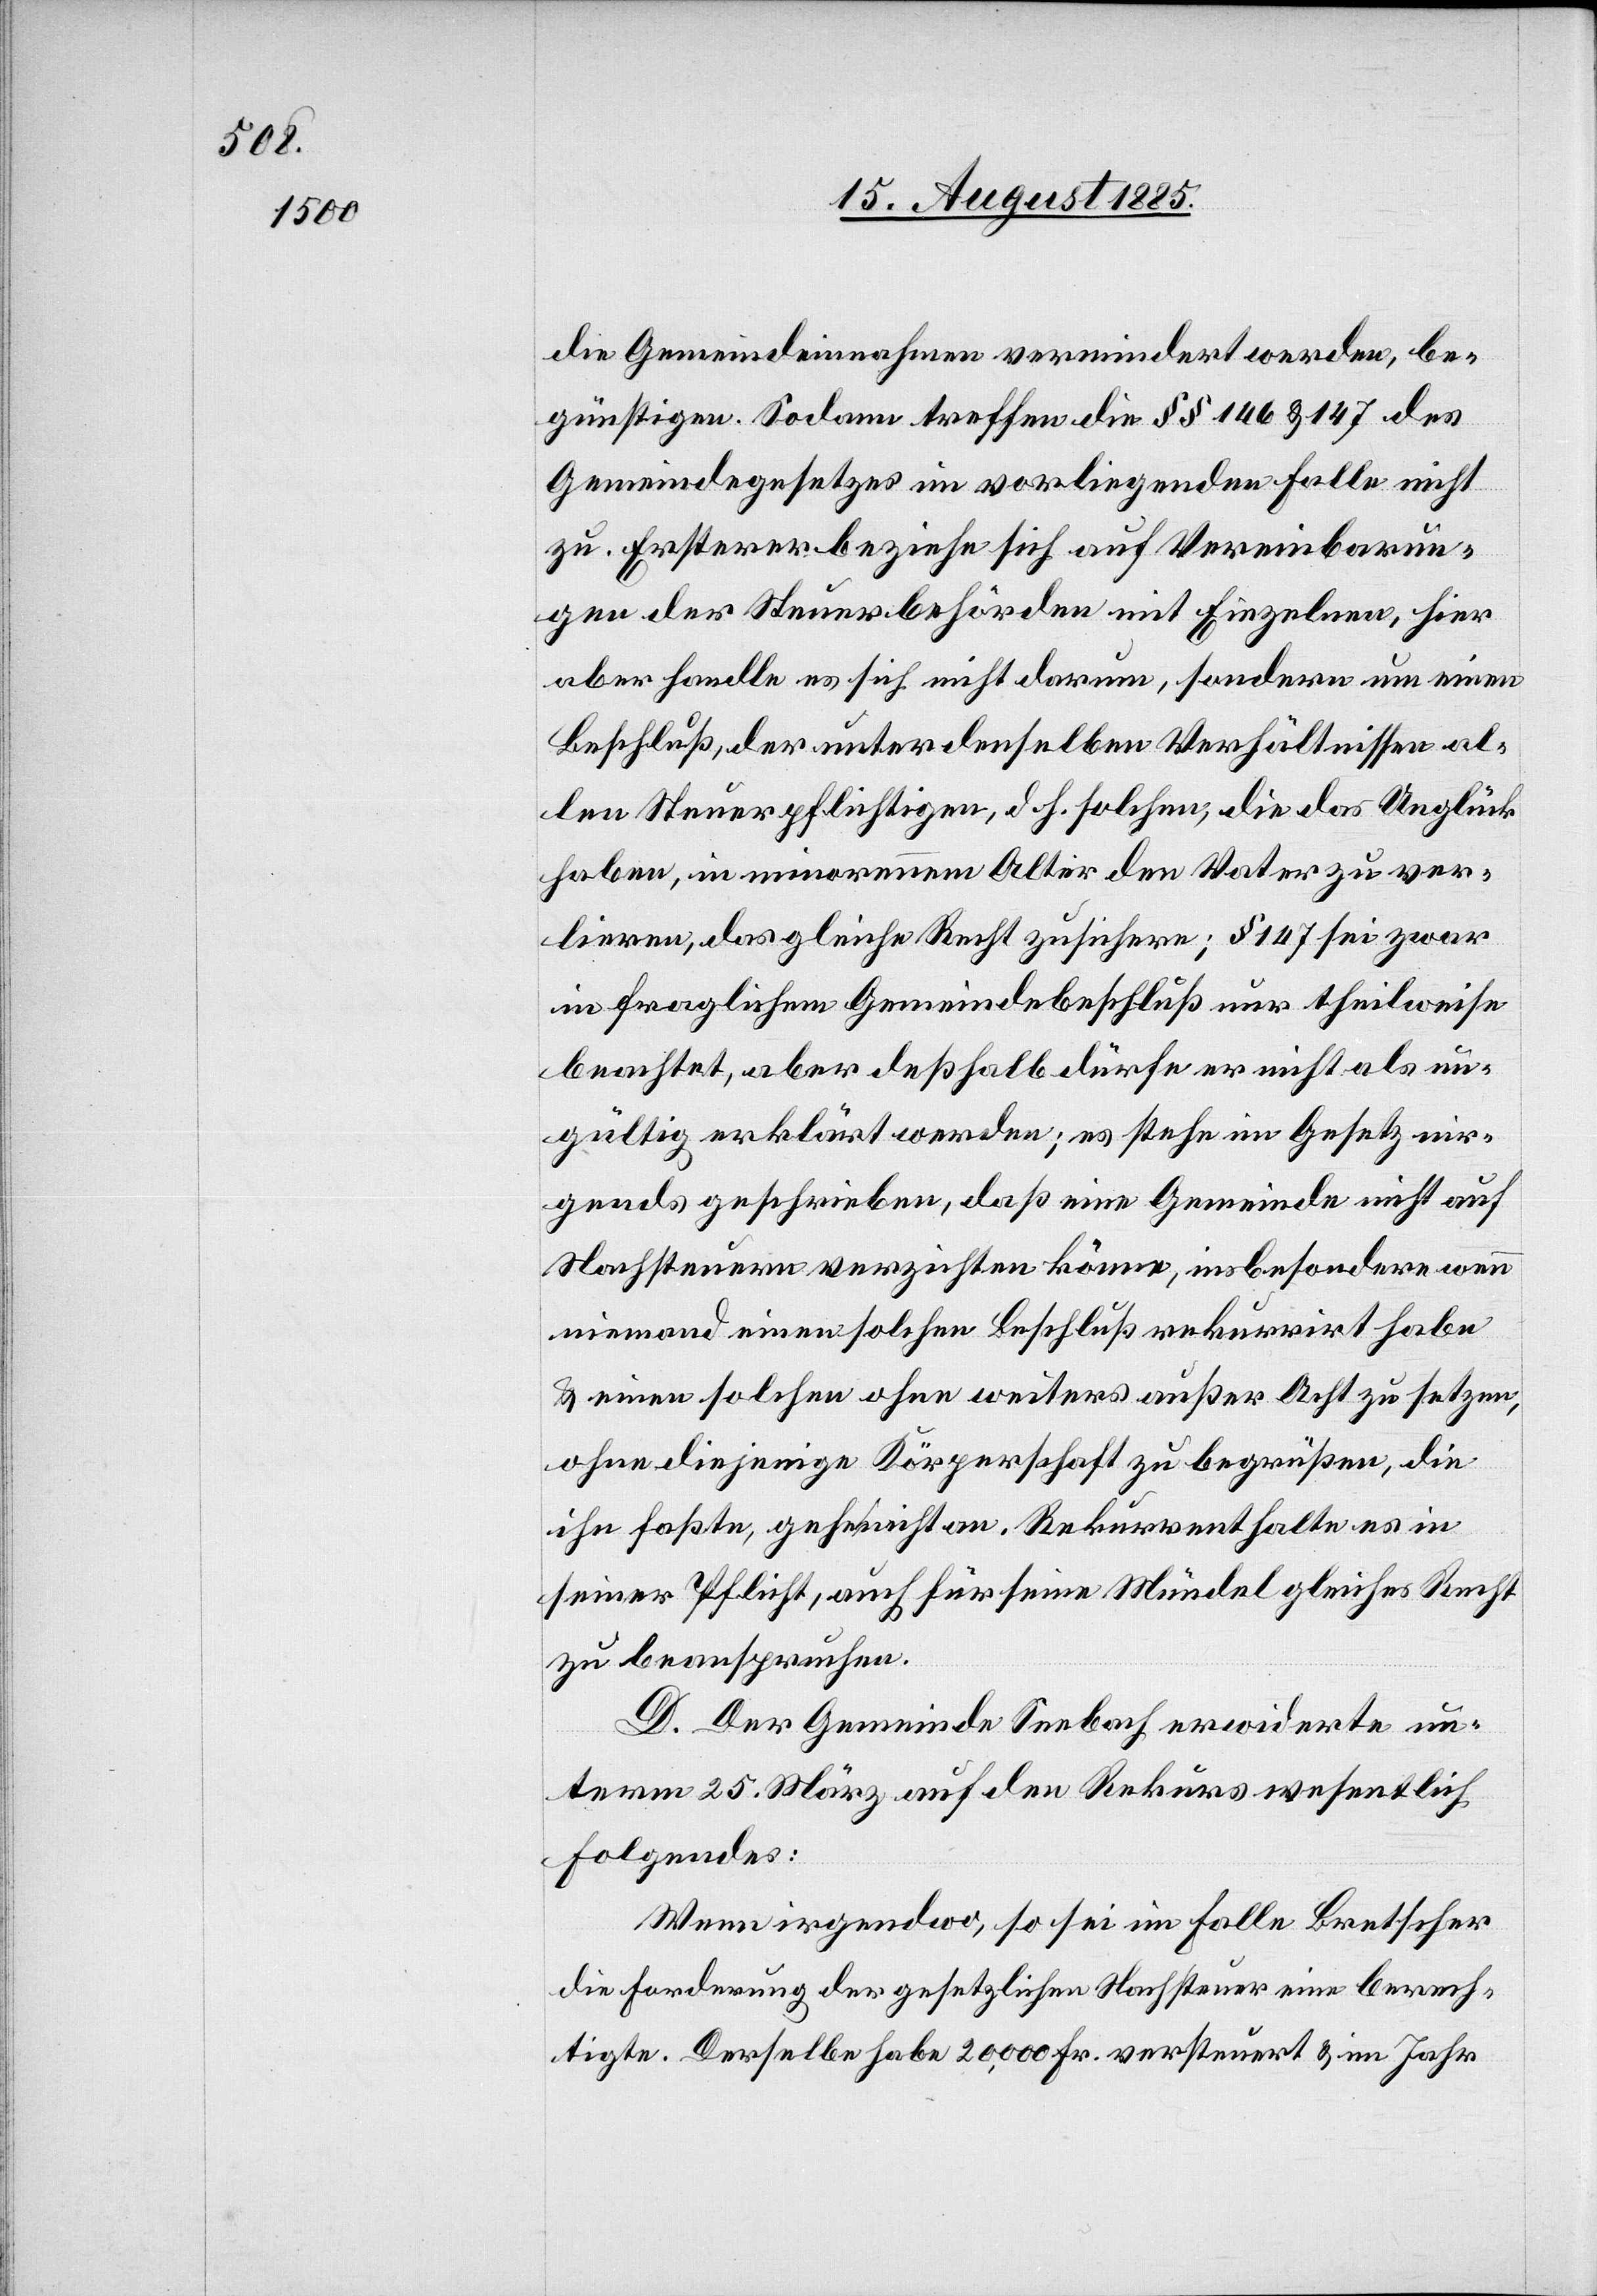
die Gemeindeeinnahmen verhindert werden, be¬
günstigen. Sodann treffen die §§ 146 & 147 des
Gemeindegesetzes im vorliegenden Falle nicht
zu. Erstere beziehe sich auf Vereinbarun¬
gen der Steuerbehörden mit Einzelnen, hier
aber handle es sich nicht darum, sondern um einen
Beschluß der unter denselben Verhältnissen al¬
len Steuerpflichtigen, d. h. solchen, die das Unglück
haben, in minorennem Alter den Vater zu ver¬
lieren, das gleiche Recht zusichere; § 147 sei zwar
in fraglichem Gemeindebeschluß nur theilweise
beachtet, aber deßhalb dürfe er nicht als un¬
gültig erklärt werden; es stehe im Gesetz nir¬
gends geschrieben, daß eine Gemeinde nicht auf
Nachsteuern verzichten könne, insbesondere wenn
niemand einen solchen Beschluß rekurrirt habe
& einen solchen ohne weiteres außer Acht zu setzen,
ohne diejenige Körperschaft zu begrüßen, die
ihn faßte, gehe nicht an. Rekurrent halte es in
seiner Pflicht auch für seine Mündel gleiches Recht
zu beanspruchen.
D. Der Gemeinde Seebach [sic!] erwiderte un¬
term 25. März auf den Rekurs wesentlich
Folgendes:
Wenn irgendwo, so sei im Falle Bretscher
die Forderung der gesetzlichen Nachsteuer eine berech¬
tigte. Derselbe habe 20,000 Fr. versteuert & im Jahre